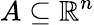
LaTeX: A\subseteq\mathbb{R}^{n}